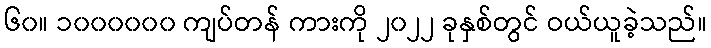
၆၀။ ၁၀၀၀၀၀၀ ကျပ်တန် ကားကို ၂၀၂၂ ခုနှစ်တွင် ဝယ်ယူခဲ့သည်။